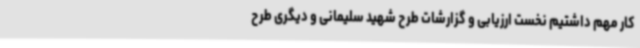
کار مهم داشتیم نخست ارزیابی و گزارشات طرح شهید سلیمانی و دیگری طرح